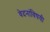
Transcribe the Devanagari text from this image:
वेदनांविषयी